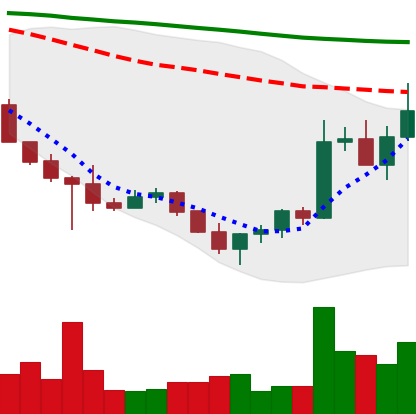
Ticker: ADA-USD
Chart end date: 2022-10-29
Forward return: -7.232%
Label: down_7plus